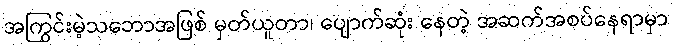
အကြွင်းမဲ့သဘောအဖြစ် မှတ်ယူတာ၊ ပျောက်ဆုံး နေတဲ့ အဆက်အစပ်နေရာမှာ